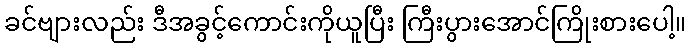
ခင်ဗျားလည်း ဒီအခွင့်ကောင်းကိုယူပြီး ကြီးပွားအောင်ကြိုးစားပေါ့။